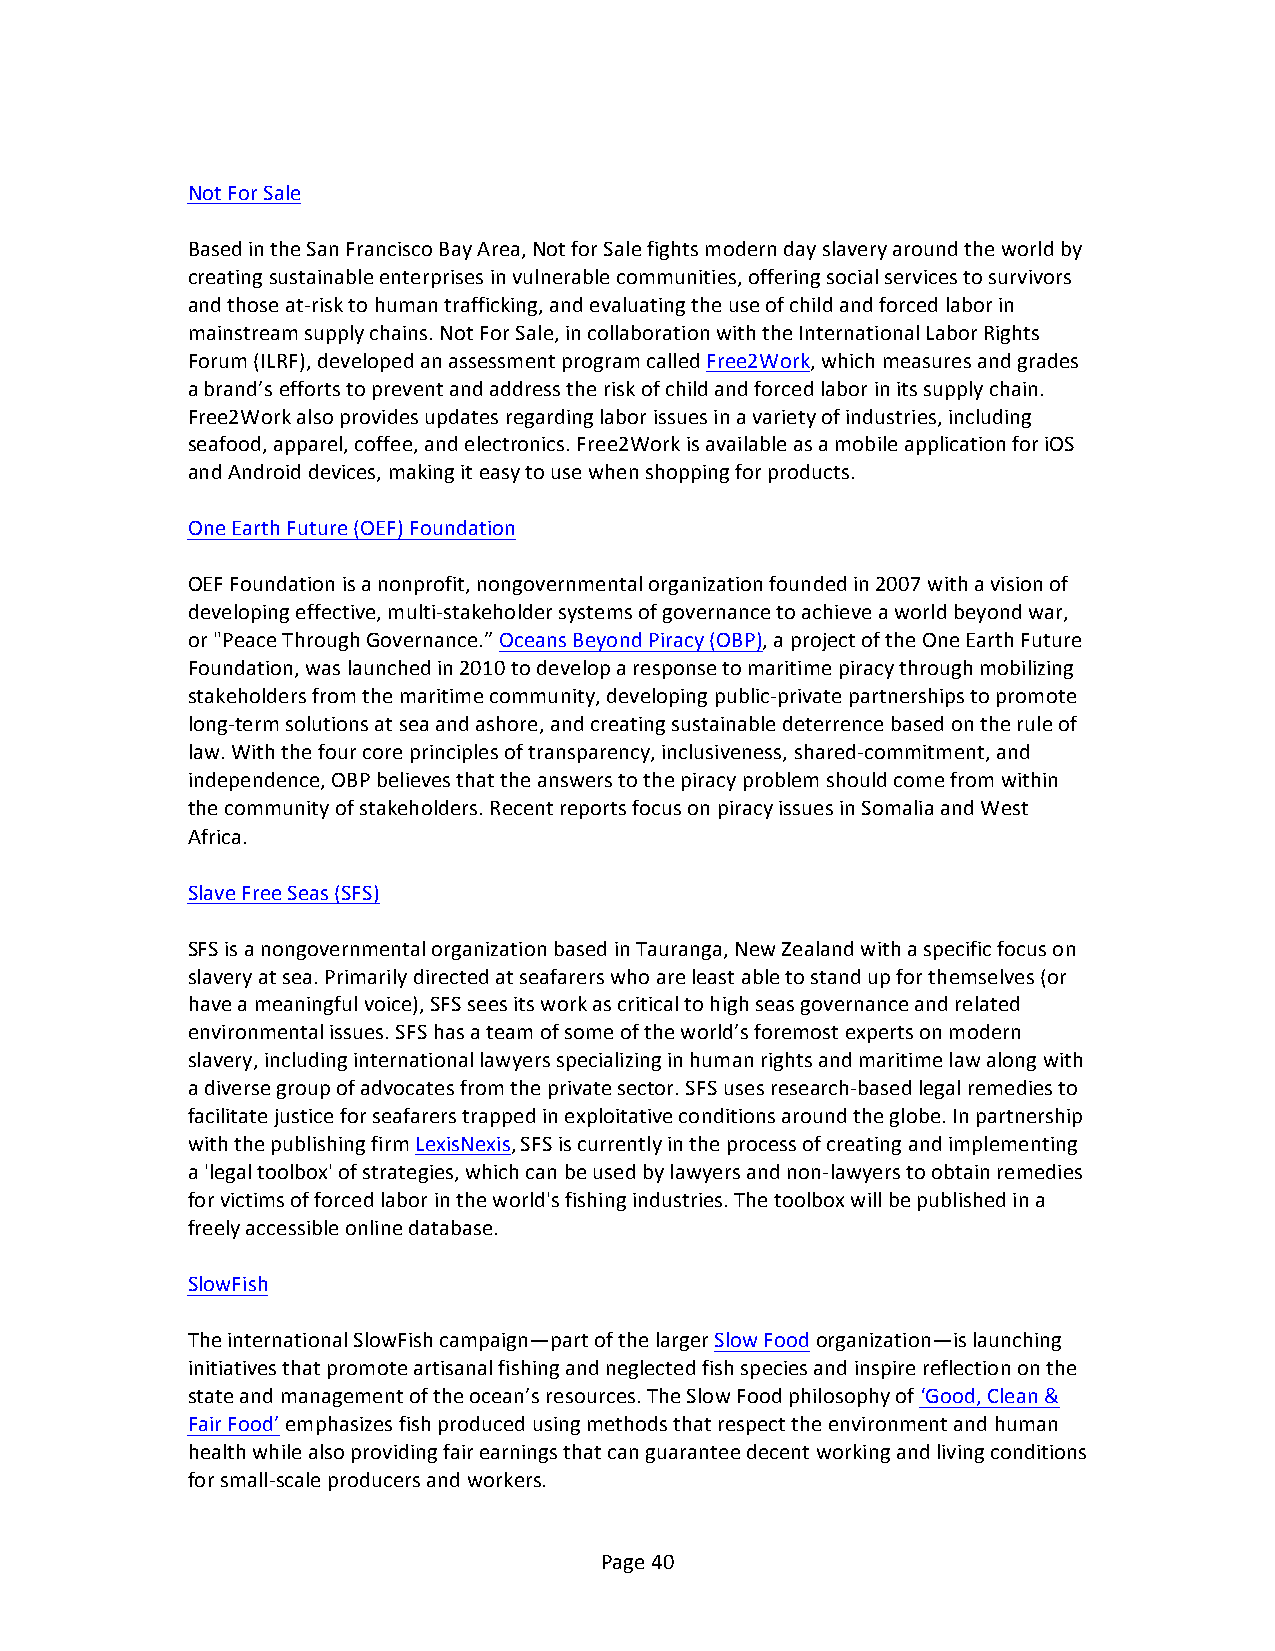
Not For Sale
 Based in the San Francisco Bay Area, Not for Sale fights modern day slavery around the world by
 creating sustainable enterprises in vulnerable communities, offering social services to survivors
 and those at-­‐risk to human trafficking, and evaluating the use of child and forced labor in
 mainstream supply chains. Not For Sale, in collaboration with the International Labor Rights
 Forum (ILRF), developed an assessment program called Free2Work, which measures and grades
 a brand’s efforts to prevent and address the risk of child and forced labor in its supply chain.
 Free2Work also provides updates regarding labor issues in a variety of industries, including
 seafood, apparel, coffee, and electronics. Free2Work is available as a mobile application for iOS
 and Android devices, making it easy to use when shopping for products.
 One Earth Future (OEF) Foundation
 OEF Foundation is a nonprofit, nongovernmental organization founded in 2007 with a vision of
 developing effective, multi-­‐stakeholder systems of governance to achieve a world beyond war,
 or "Peace Through Governance.” Oceans Beyond Piracy (OBP), a project of the One Earth Future
 Foundation, was launched in 2010 to develop a response to maritime piracy through mobilizing
 stakeholders from the maritime community, developing public-­‐private partnerships to promote
 long-­‐term solutions at sea and ashore, and creating sustainable deterrence based on the rule of
 law. With the four core principles of transparency, inclusiveness, shared-­‐commitment, and
 independence, OBP believes that the answers to the piracy problem should come from within
 the community of stakeholders. Recent reports focus on piracy issues in Somalia and West
 Africa.
 Slave Free Seas (SFS)
 SFS is a nongovernmental organization based in Tauranga, New Zealand with a specific focus on
 slavery at sea. Primarily directed at seafarers who are least able to stand up for themselves (or
 have a meaningful voice), SFS sees its work as critical to high seas governance and related
 environmental issues. SFS has a team of some of the world’s foremost experts on modern
 slavery, including international lawyers specializing in human rights and maritime law along with
 a diverse group of advocates from the private sector. SFS uses research-­‐based legal remedies to
 facilitate justice for seafarers trapped in exploitative conditions around the globe. In partnership
 with the publishing firm LexisNexis, SFS is currently in the process of creating and implementing
 a 'legal toolbox' of strategies, which can be used by lawyers and non-­‐lawyers to obtain remedies
 for victims of forced labor in the world's fishing industries. The toolbox will be published in a
 freely accessible online database.
 SlowFish
 The international SlowFish campaign—part of the larger Slow Food organization—is launching
 initiatives that promote artisanal fishing and neglected fish species and inspire reflection on the
 state and management of the ocean’s resources. The Slow Food philosophy of ‘Good, Clean &
 Fair Food’ emphasizes fish produced using methods that respect the environment and human
 health while also providing fair earnings that can guarantee decent working and living conditions
 for small-­‐scale producers and workers.
 Page 40